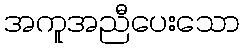
အကူအညီပေးသော